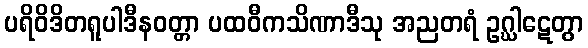
ပရိဝိဒိတရူပါဒီနဝတ္တာ ပထဝီကသိဏာဒီသု အညတရံ ဥဂ္ဃါဋေတွာ